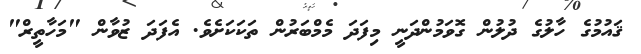
ޤައުމުގެ ހާލުގެ ދުލުން ގޮވަމުންދަނީ މިފަދަ މެމްބަރުން ތަކަކަށެވެ. އެފަދަ ޒުވާން "މަހާތީރް"